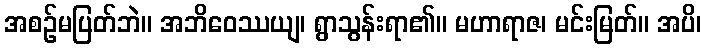
အစဉ်မပြတ်ဘဲ။ အဘိဝေဿယျ၊ ရွာသွန်းရာ၏။ မဟာရာဇ၊ မင်းမြတ်။ အပိ၊